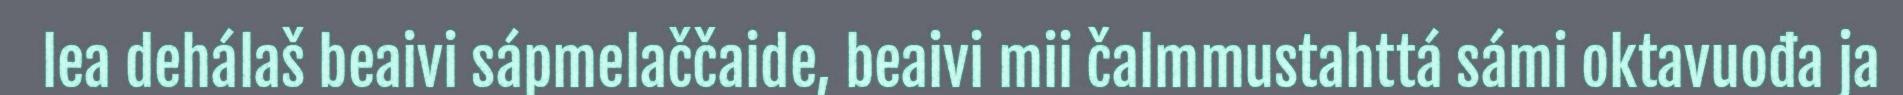
lea dehálaš beaivi sápmelaččaide, beaivi mii čalmmustahttá sámi oktavuođa ja